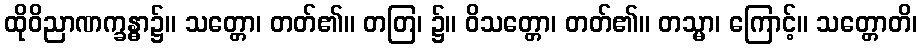
ထိုဝိညာဏက္ခန္ဓာ၌။ သတ္တော၊ တတ်၏။ တတြ၊ ၌။ ဝိသတ္တော၊ တတ်၏။ တသ္မာ၊ ကြောင့်။ သတ္တောတိ၊